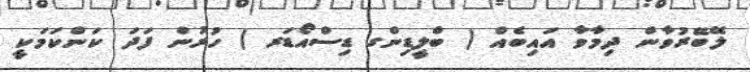
ލޭބޭރުވާން ދިމާވާ އައިބެއް ( ބްލީޑިންގ ޑިސްއޯޑަރ ) ހުރުން ފަދަ ކަންކަމަކީ